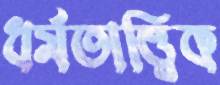
ধর্মতাত্ত্বিক